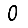
Digit: 0